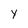
Character: y